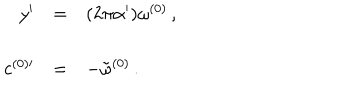
LaTeX: \begin{array} { r c l } { { y ^ { \prime } } } & { { = } } & { { ( 2 \pi \alpha ^ { \prime } ) \omega ^ { ( 0 ) } \, , } } \\ { { } } & { { } } & { { } } \\ { { c ^ { ( 0 ) \prime } } } & { { = } } & { { - { \tilde { \omega } } ^ { ( 0 ) } \, . } } \\ \end{array}